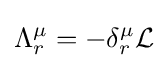
\Lambda _{r}^{\mu }=-\delta _{r}^{\mu }{\mathcal {L}}